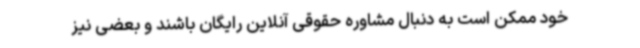
خود ممکن است به دنبال مشاوره حقوقی آنلاین رایگان باشند و بعضی نیز